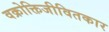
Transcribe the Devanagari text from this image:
वक्रोक्तिजीवितकार